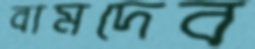
বামদেব